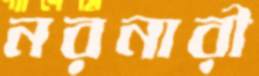
নরনারী